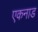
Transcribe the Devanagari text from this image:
एकनाड